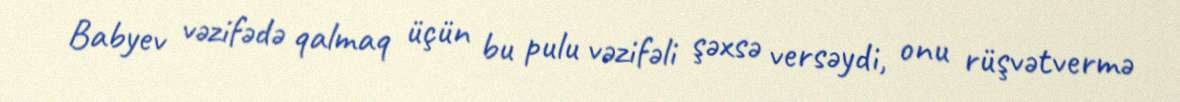
Babyev vəzifədə qalmaq üçün bu pulu vəzifəli şəxsə versəydi, onu rüşvətvermə